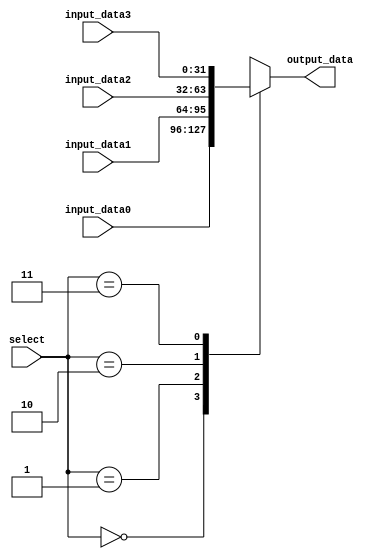
`timescale 1ns / 1ps
//////////////////////////////////////////////////////////////////////////////////
// Company: 
// Engineer: 
// 
// Design Name: 
// Module Name:    mux_2bit 
// Project Name: 
// Target Devices: 
// Tool versions: 
// Description: 
//
// Dependencies: 
//
// Revision: 
// Revision 0.01 - File Created
// Additional Comments: 
//
//////////////////////////////////////////////////////////////////////////////////

// Multiplexer for choosing between four 32-bit inputs
module mux_2bit(output_data, input_data0, input_data1, input_data2, input_data3, select);

parameter word_size = 32;

// inputs
input [1:0] select;
input [word_size-1:0] input_data0, input_data1, input_data2, input_data3;

// output
output reg [word_size-1:0] output_data;

// select teh input
always @(input_data0 or input_data1 or input_data2 or input_data3 or select) begin
	case (select)
		0: output_data <= input_data0;
		1: output_data <= input_data1;
		2: output_data <= input_data2;
		3: output_data <= input_data3;
		default: output_data <= 0;
	endcase
end
endmodule